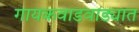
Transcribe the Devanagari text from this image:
गायकवाडवाड्यात